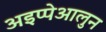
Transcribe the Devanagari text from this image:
अइप्पेआलुन